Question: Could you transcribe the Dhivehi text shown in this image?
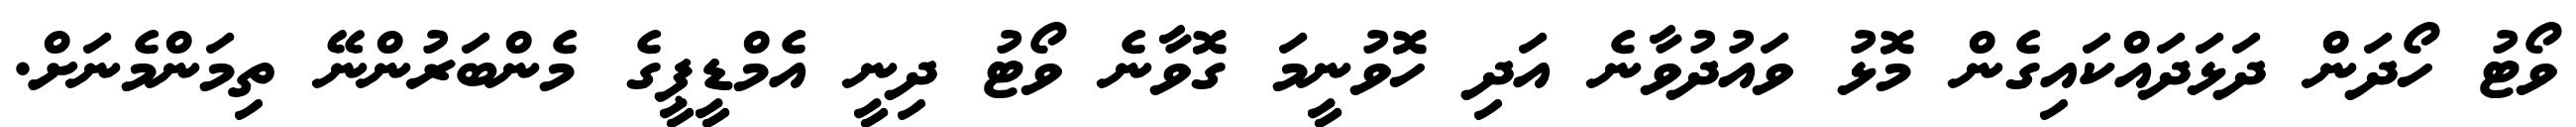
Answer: ވޯޓު ހޯދަން ދަޅަދައްކައިގެން މޮޅު ވައުދުވާނެ އަދި ހޮވުނީމަ ގޮވާނެ ވޯޓު ދިނީ އެމްޑީޕީގެ މެންބަރުންނޭ ތިމަންމެނަށް.